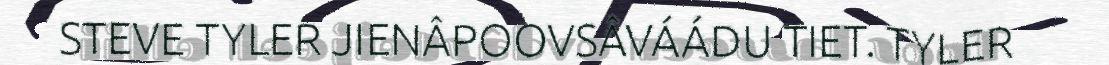
STEVE TYLER JIENÂPOOVSÂVÁÁDU TIET. TYLER